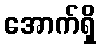
အောက်ရှိ